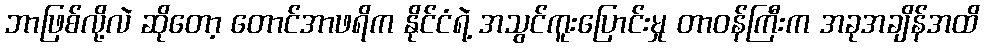
ဘာဖြစ်လို့လဲ ဆိုတော့ တောင်အာဖရိက နိုင်ငံရဲ့ အသွင်ကူးပြောင်းမှု တာဝန်ကြီးက အခုအချိန်အထိ